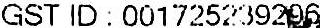
GST ID : 001725239296